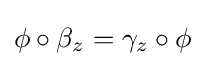
\phi \circ \beta _{z}=\gamma _{z}\circ \phi